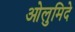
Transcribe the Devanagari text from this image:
ओलुमिदे